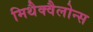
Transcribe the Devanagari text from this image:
मिथैक्वैलोन्स